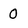
Character: 0